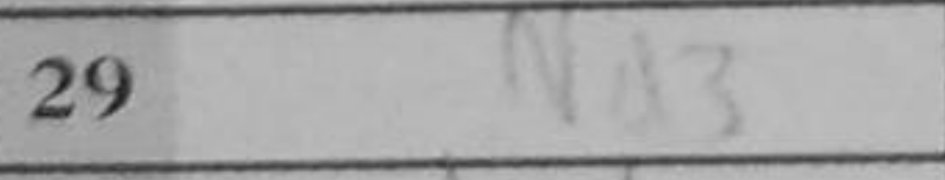
Transcription: Nd3